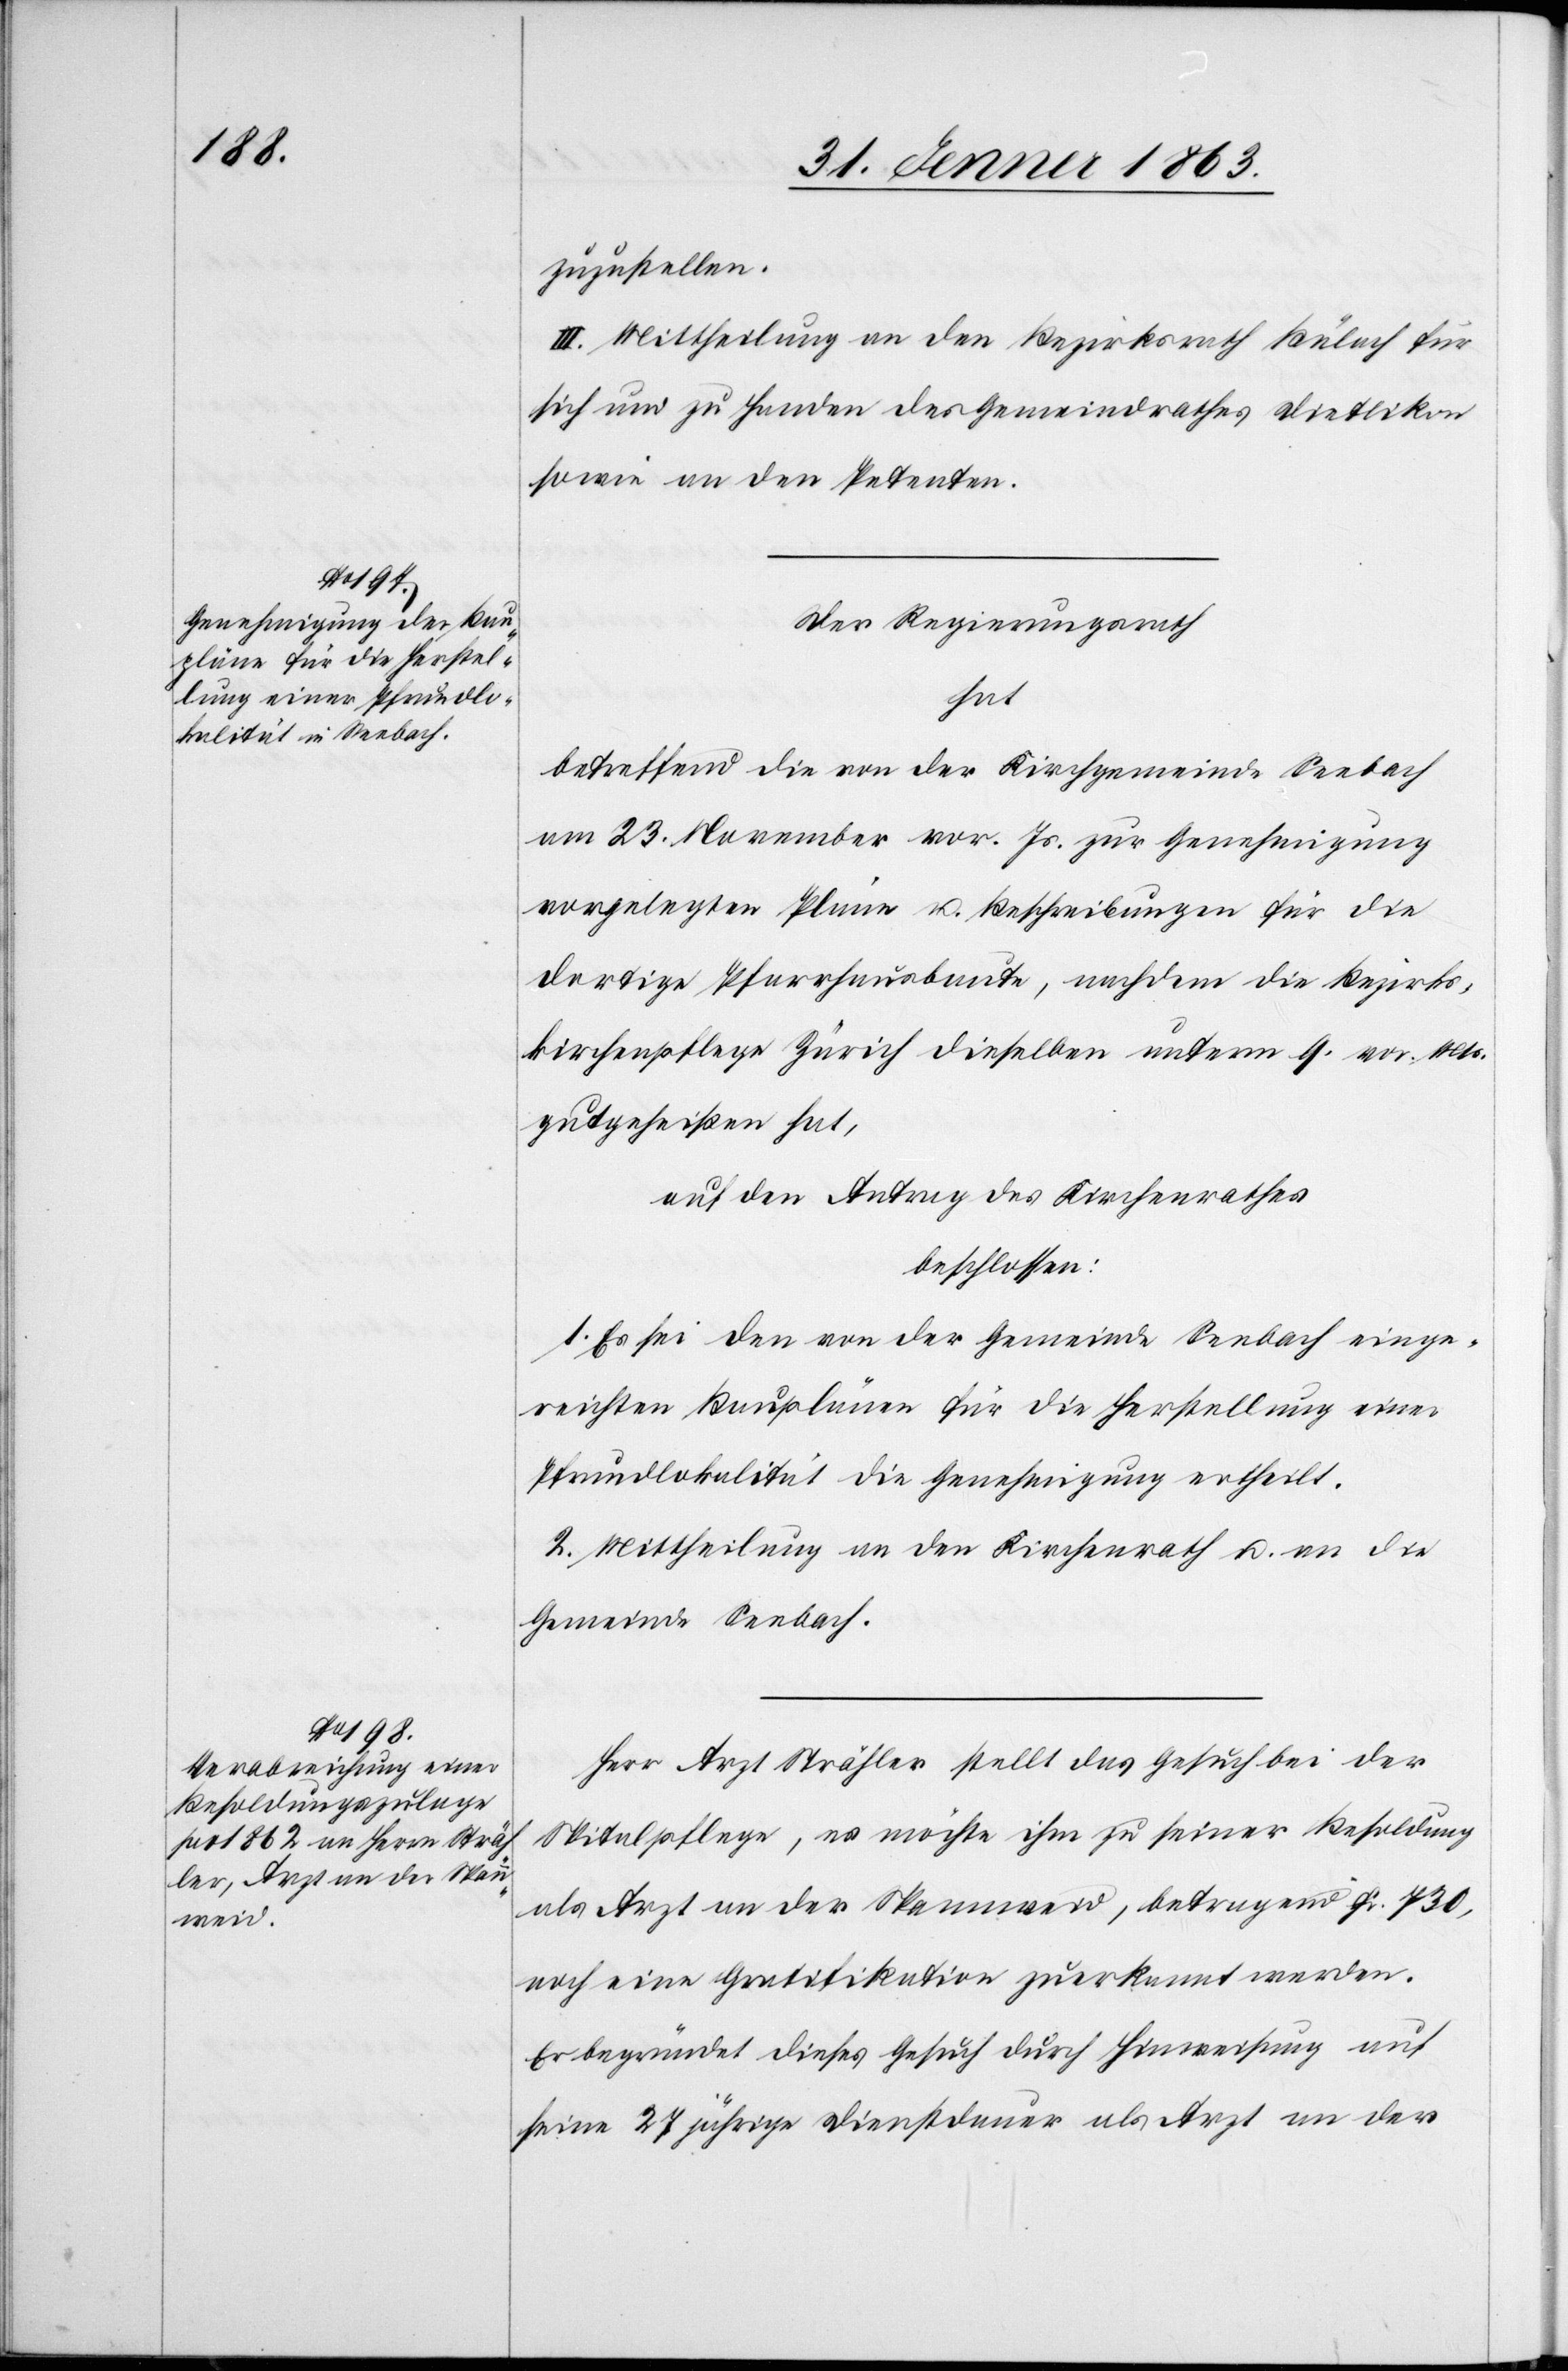
zuzustellen.
III. Mittheilung an den Bezirksrath Bülach für
sich und zu Handen des Gemeindrathes Dietlikon
sowie an den Petenten.
Der Regierungsrath
hat
betreffend die von der Kirchgemeinde Seebach
am 23. November vor. Js. zur Genehmigung
vorgelegten Pläne u. Beschreibungen für die
dortige Pfarrhausbaute, nachdem die Bezirks¬
kirchenpflege Zürich dieselben unterm 9. vor. Mts.
gutgeheißen hat,
auf den Antrag des Kirchenrathes
beschlossen:
1. Es sei den von der Gemeinde Seebach einge¬
reichten Bauplänen für die Herstellung einer
Pfrundlokalität die Genehmigung ertheilt.
2. Mittheilung an den Kirchenrath u. an die
Gemeinde Seebach.
Herr Arzt Strähler stellt das Gesuch bei der
Spitalpflege, es möchte ihm zu seiner Besoldung
als Arzt an der Spannweid, betragend Fr. 730,
noch eine Gratifikation zuerkannt werden.
Er begründet dieses Gesuch durch Hinweisung auf
seine 27 jährige Dienstdauer als Arzt an der